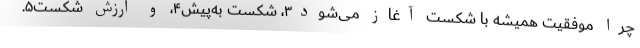
چرا موفقیت همیشه با شکست آغاز می‌شود۳، شکست به‌پیش۴، و ارزش شکست۵.